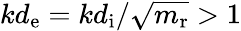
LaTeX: kd_{\mathrm{e}}=kd_{\mathrm{i}}/\sqrt{m_{\mathrm{r}}}>1